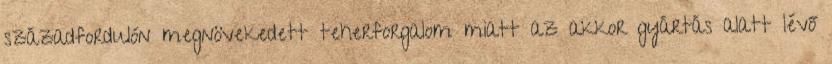
századfordulón megnövekedett teherforgalom miatt az akkor gyártás alatt lévő